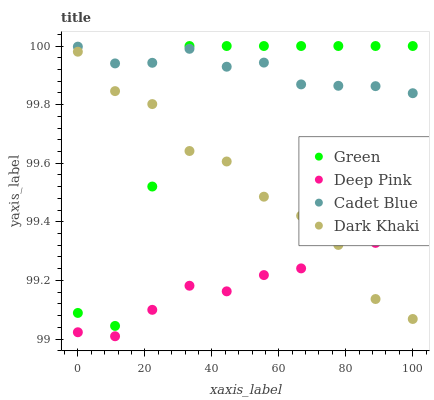
| xaxis_label | Green | Deep Pink | Cadet Blue | Dark Khaki |
 | --- | --- | --- | --- | --- |
 | 0 | 99.1 | 99 | 100 | 100 |
 | 11.1 | 99 | 99 | 99.9 | 99.8 |
 | 22.2 | 99.5 | 99.1 | 99.9 | 99.8 |
 | 33.3 | 100 | 99.2 | 100 | 99.6 |
 | 44.4 | 100 | 99.2 | 99.9 | 99.6 |
 | 55.6 | 100 | 99.2 | 99.9 | 99.5 |
 | 66.7 | 100 | 99.2 | 99.9 | 99.4 |
 | 77.8 | 100 | 99.4 | 99.9 | 99.3 |
 | 88.9 | 100 | 99.3 | 99.9 | 99.1 |
 | 100 | 100 | 99.4 | 99.8 | 99.1 |